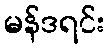
မန်ဒရင်း